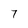
Character: 7